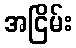
အငြိမ်း